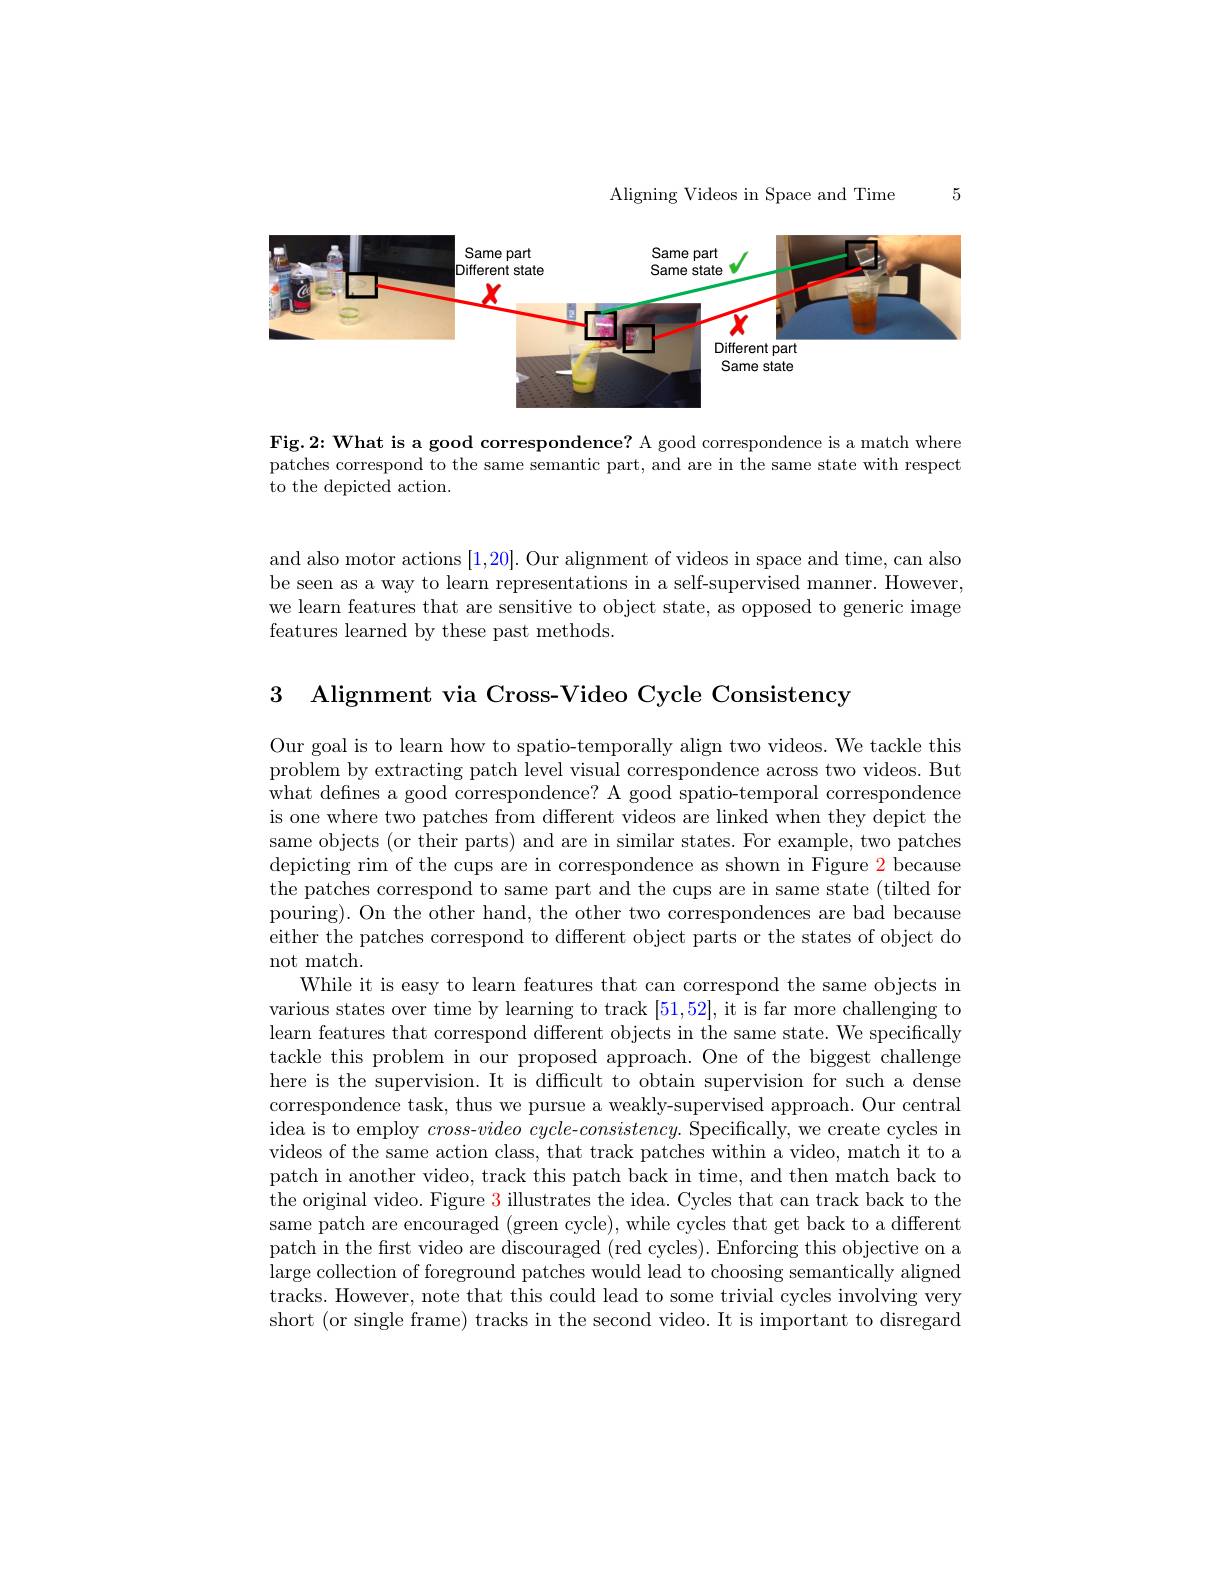
5

Aligning Videos in Space and Time

<FigureHere>

Fig.2: What is a good correspondence? A good correspondence is a match where patches correspond to the same semantic part, and are in the same state with respect to the depicted action.

and also motor actions [1,20]. Our alignment of videos in space and time, can also be seen as a way to learn representations in a self-supervised manner. However, we learn features that are sensitive to object state, as opposed to generic image features learned by these past methods.

 Alignment via Cross-Video Cycle Consistency

Our goal is to learn how to spatio-temporally align two videos. We tackle this problem by extracting patch level visual correspondence across two videos. But what defnes a good correspondence? A good spatio-temporal correspondence is one where two patches from different videos are linked when they depict the same objects (or their parts) and are in similar states. For example, two patches depicting rim of the cups are in correspondence as shown in Figure 2 because the patches correspond to same part and the cups are in same state (tilted for pouring). On the other hand, the other two correspondences are bad because either the patches correspond to different object parts or the states of object do not match.
While it is easy to learn features that can correspond the same objects in various states over time by learning to track [51,52], it is far more challenging to learn features that correspond different objects in the same state. We specifically tackle this problem in our proposed approach. One of the biggest challenge here is the supervision. It is difficult to obtain supervision for such a dense correspondence task, thus we pursue a weakly-supervised approach. Our central idea is to employ $cross-video$ $cycle-consistency.$ Specifically, we create cycles in videos of the same action class, that track patches within a video, match it to a patch in another video, track this patch back in time, and then match back to the original video. Figure $\color{red}{3}$ illustrates the idea. Cycles that can track back to the same patch are encouraged (green cycle), while cycles that get back to a different patch in the frst video are discouraged (red cycles). Enforcing this objective on a large collection of foreground patches would lead to choosing semantically aligned tracks. However, note that this could lead to some trivial cycles involving very short (or single frame) tracks in the second video. It is important to disregard